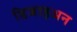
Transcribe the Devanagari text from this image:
डिजाइअन